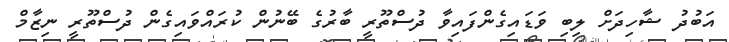
އަބުދު ޝާހިދަށް ލިބި ވަޑައިގެންފައިވާ ދުސްތޫރީ ބާރުގެ ބޭނުން ކުރައްވައިގެން ދުސްތޫރީ ނިޒާމް